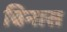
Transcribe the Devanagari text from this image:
बिनास